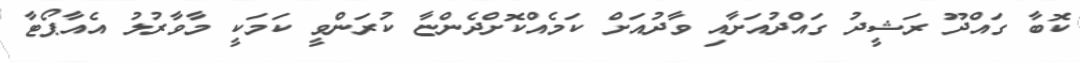
ކޮބާ ގައްދޫ ރަޝީދު ގައްދުއަށާއި ވާދުއަށް ކަމެއްކޮށްދެންޏާ ކުރަންވީ ކަމަކީ މާވާރުލު އެއާޕޯޓާ